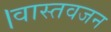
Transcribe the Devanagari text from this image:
।वास्तवजन